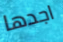
اجدها